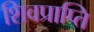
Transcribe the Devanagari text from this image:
शिवप्राप्ति